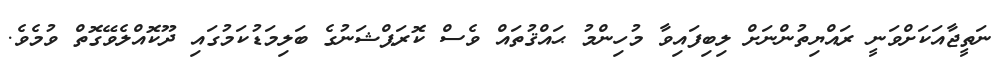
ނަތީޖާއަކަށްވަނީ ރައްޔިތުންނަށް ލިބިފައިވާ މުހިންމު ޙައްޤުތައް ވެސް ކޮރަޕްޝަނުގެ ބަލިމަޑުކަމުގައި ދޫކޮއްލެވޭގޮތް ވުމެވެ.